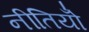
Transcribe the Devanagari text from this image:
नीतियोँ